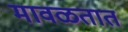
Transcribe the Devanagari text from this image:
मावळतात